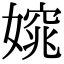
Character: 𡡃